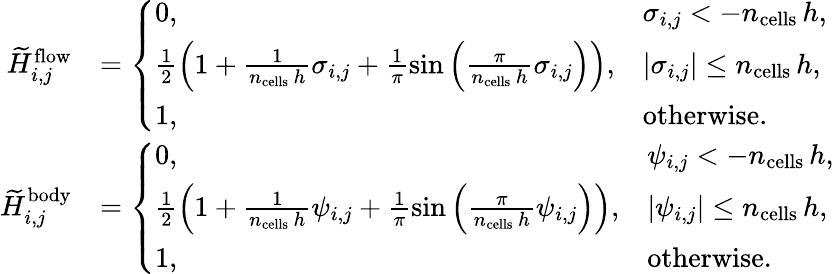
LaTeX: \begin{array}{rl}{\widetilde{H}_{i,j}^{\mathrm{flow}}}&{=\left\{ \begin{array}{ll}{0,}&{\sigma_{i,j}<-n_{\mathrm{cells}}\, h,}\\ {\frac{1}{2}\left(1+\frac{1}{n_{\mathrm{cells}}\, h}\sigma_{i,j}+\frac{1}{\pi}\sin\left(\frac{\pi}{n_{\mathrm{cells}}\, h}\sigma_{i,j}\right)\right),}&{|\sigma_{i,j}|\le n_{\mathrm{cells}}\, h,}\\ {1,}&{\textrm{otherwise}.}\end{array}\right.}\\ {\widetilde{H}_{i,j}^{\mathrm{body}}}&{=\left\{ \begin{array}{ll}{0,}&{\psi_{i,j}<-n_{\mathrm{cells}}\, h,}\\ {\frac{1}{2}\left(1+\frac{1}{n_{\mathrm{cells}}\, h}\psi_{i,j}+\frac{1}{\pi}\sin\left(\frac{\pi}{n_{\mathrm{cells}}\, h}\psi_{i,j}\right)\right),}&{|\psi_{i,j}|\le n_{\mathrm{cells}}\, h,}\\ {1,}&{\textrm{otherwise}.}\end{array}\right.}\end{array}